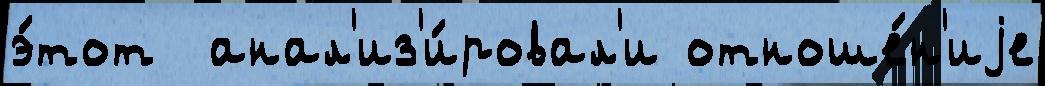
э́тот  анал'из'и́ровал'и отноше́н'иjе